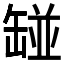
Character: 𱺲